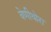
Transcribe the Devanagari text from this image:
वेणीथोरा